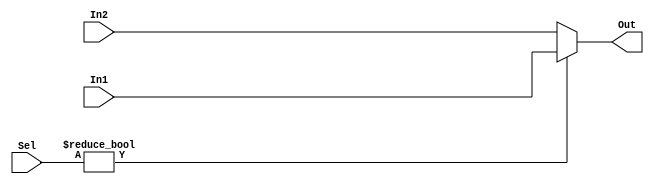
`timescale 1ns / 1ps

module Mux #(parameter AWL = 6, DWL = 32, DEPTH = 2**AWL)
            (input [DWL-1:0] In1, In2,
             input [AWL-4:0] Sel,
             output reg [DWL-1:0] Out);
    
    always @ (*) begin
        Out = Sel ? In1 : In2;
    end
    
endmodule